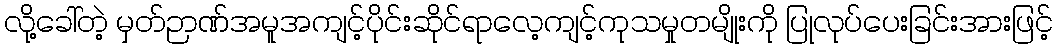
လို့ခေါ်တဲ့ မှတ်ဉာဏ်အမူအကျင့်ပိုင်းဆိုင်ရာလေ့ကျင့်ကုသမှုတမျိုးကို ပြုလုပ်ပေးခြင်းအားဖြင့်